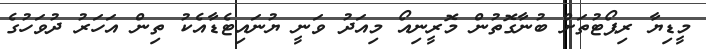
މީޑިޔާ ރިޕޯޓުތަށް ބުނާގޮތުން މޮރީނިއޯ މިއަދު ވަނީ ޔުނައިޓެޑާއެކު ތިން އަހަރު ދުވަހުގެ